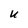
Character: U